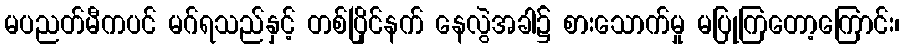
မပညတ်မီကပင် မဂ်ရသည်နှင့် တစ်ပြိုင်နက် နေလွဲအခါ၌ စားသောက်မှု မပြုကြတော့ကြောင်း၊